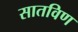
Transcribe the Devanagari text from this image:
सातविण